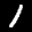
Label: 1